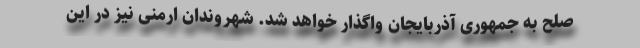
صلح به جمهوری آذربایجان واگذار خواهد شد. شهروندان ارمنی نیز در این